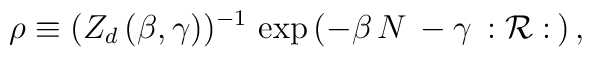
\rho \equiv (Z_d \, (\beta , \gamma))^{-1} \, \exp \, (-\beta \, N \, -\gamma \, : {\cal R} : \, ) \, ,